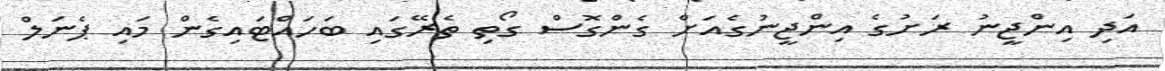
އަދި އިންޖީނު ރަށުގެ އިންޖީނުގެއަށް ގެންގޮސް ގޯތި ތެރޭގައި ބަހައްޓައިގެން މައި ޕެނަލް